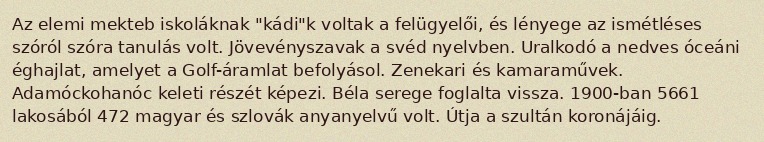
Az elemi mekteb iskoláknak "kádi"k voltak a felügyelői, és lényege az ismétléses szóról szóra tanulás volt. Jövevényszavak a svéd nyelvben. Uralkodó a nedves óceáni éghajlat, amelyet a Golf-áramlat befolyásol. Zenekari és kamaraművek. Adamóckohanóc keleti részét képezi. Béla serege foglalta vissza. 1900-ban 5661 lakosából 472 magyar és szlovák anyanyelvű volt. Útja a szultán koronájáig.